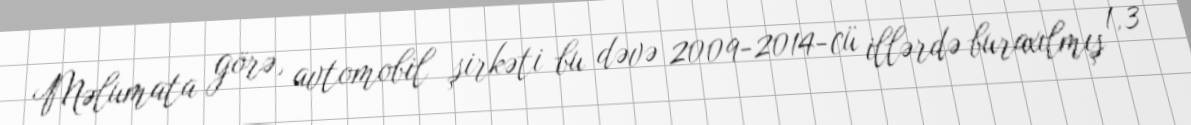
Məlumata görə, avtomobil şirkəti bu dəvə 2009-2014-cü illərdə buraxılmış 1,3